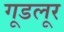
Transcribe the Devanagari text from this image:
गूडलूर